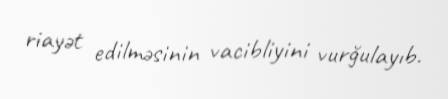
riayət edilməsinin vacibliyini vurğulayıb.